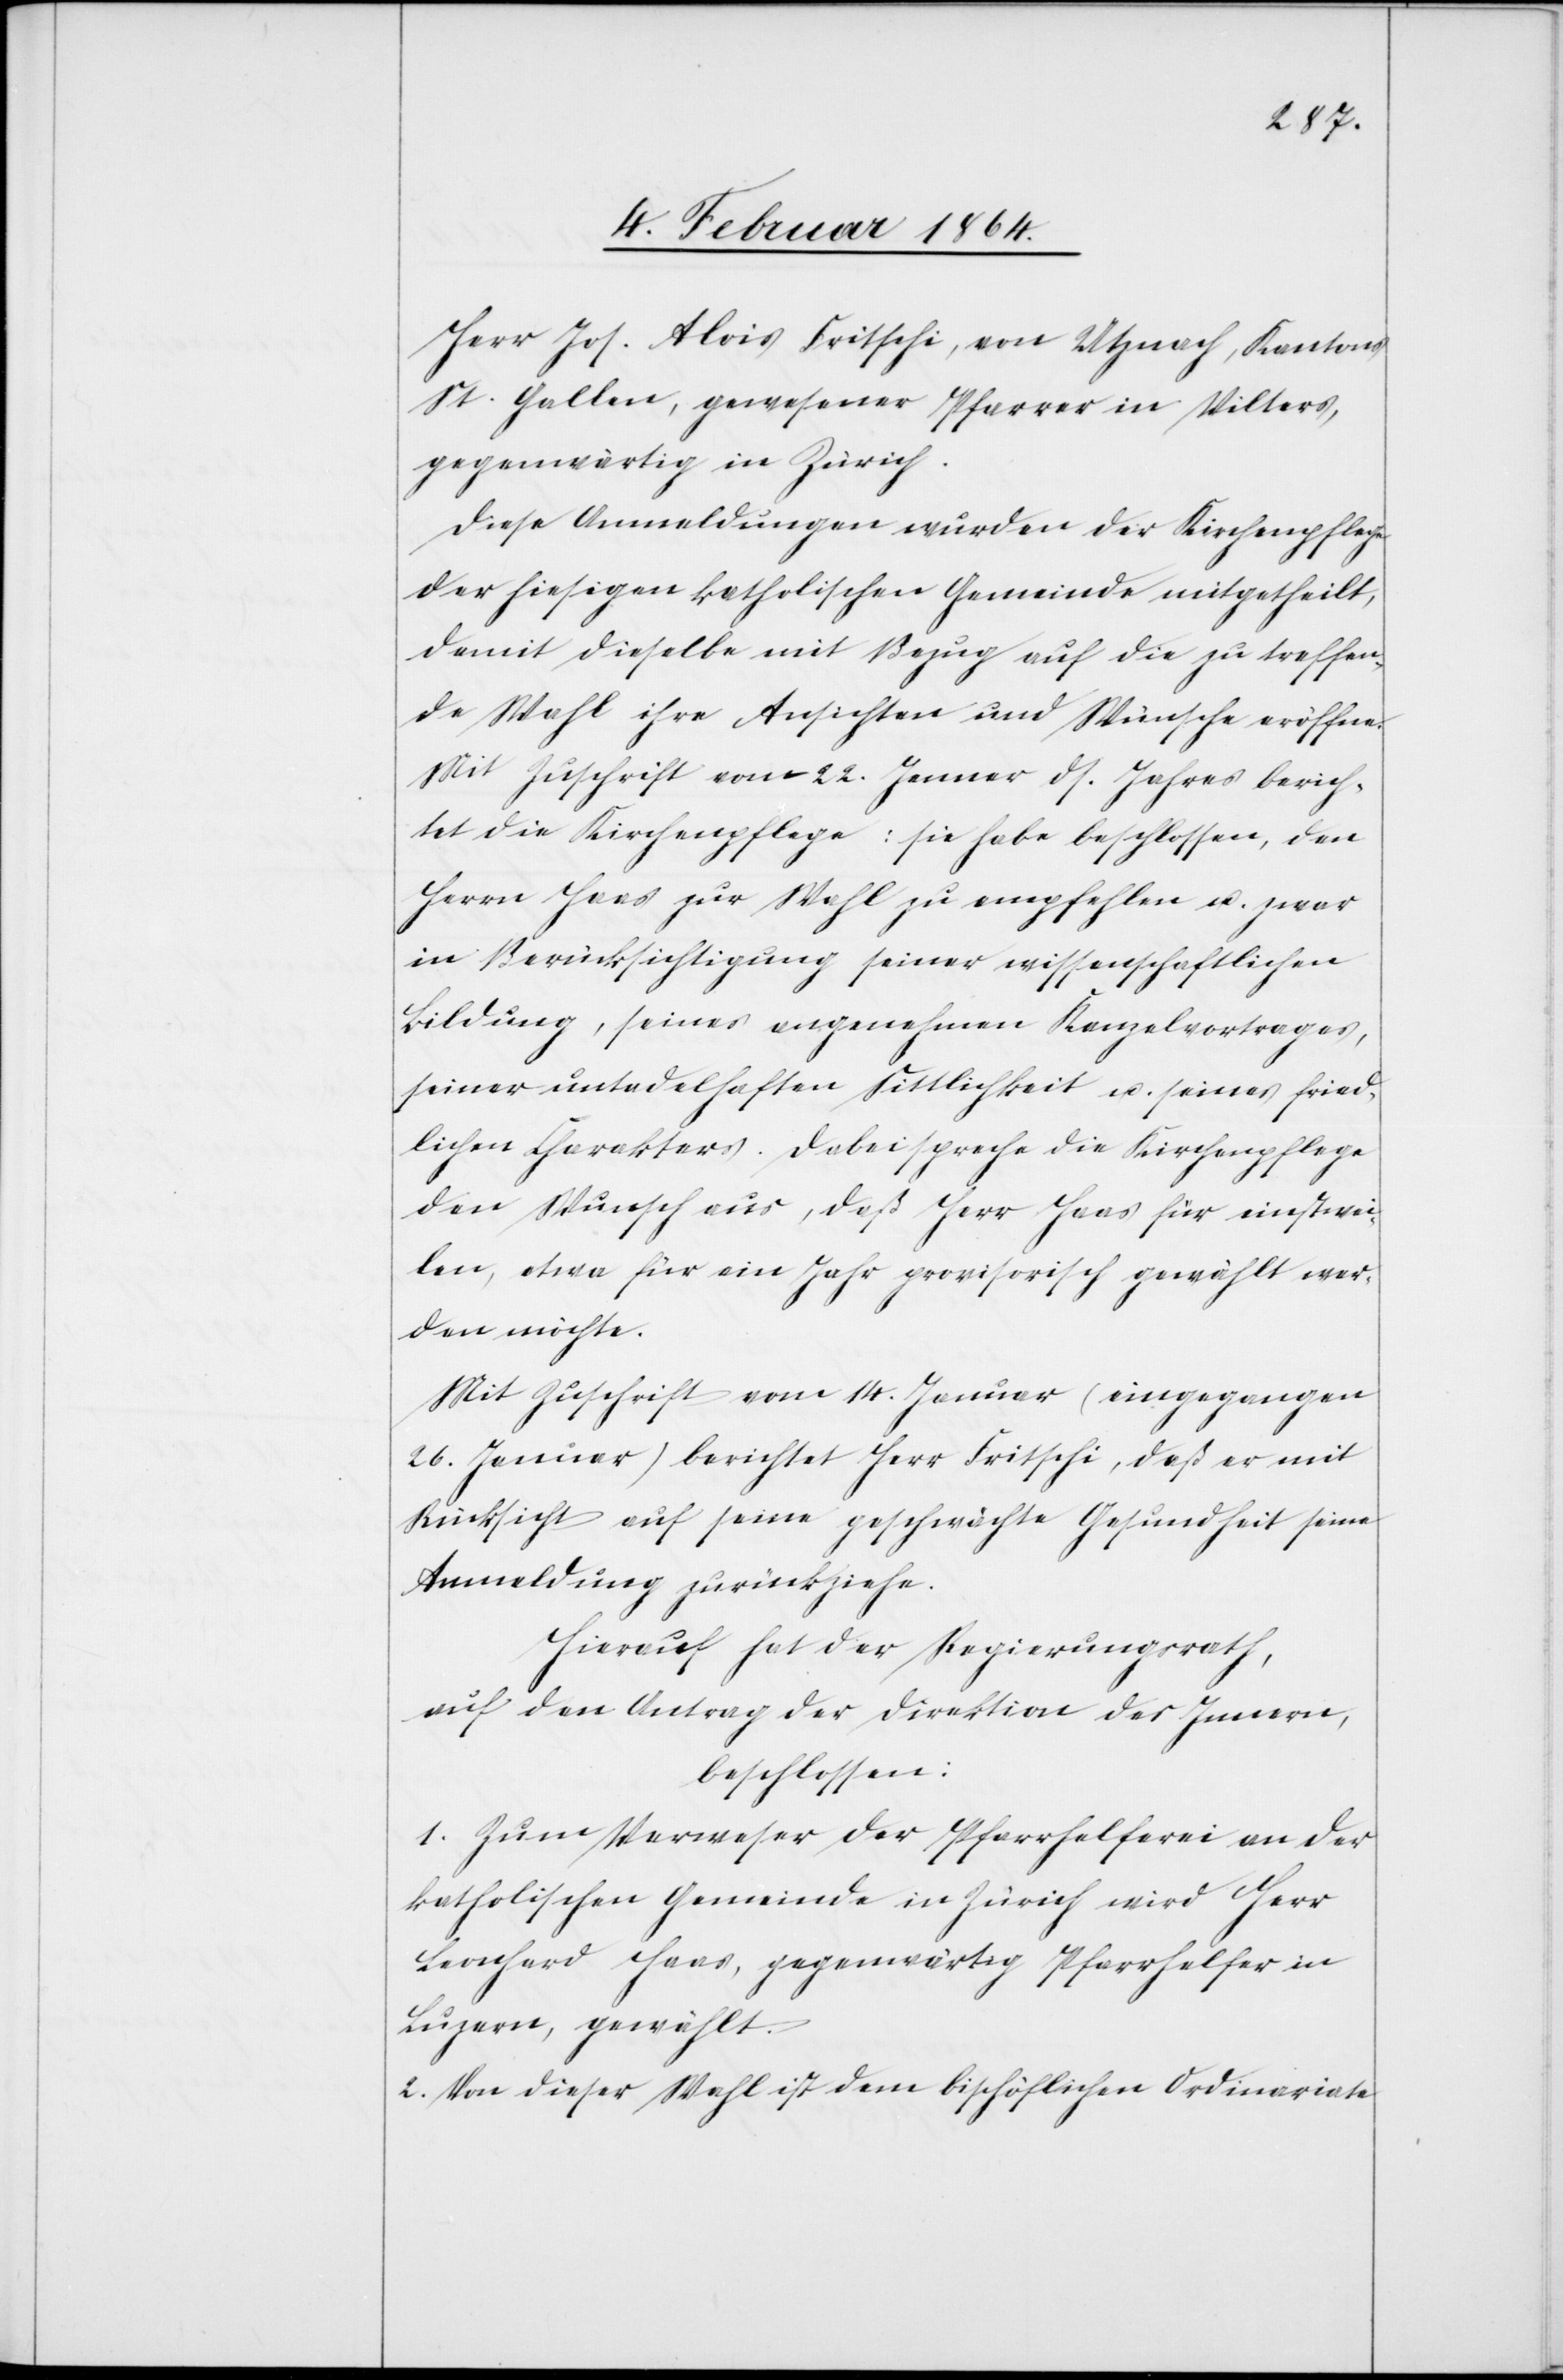
Herr Jos. Alois Fritschi, von Utznach, Kantons
St. Gallen, gewesener Pfarrer in Vilters,
gegenwärtig in Zürich.
Diese Anmeldungen wurden der Kirchenpflege
der hiesigen katholischen Gemeinde mitgetheilt,
damit dieselbe mit Bezug auf die zu treffen¬
de Wahl ihre Ansichten und Wünsche eröffne.
Mit Zuschrift vom 22. Jenner ds. Jahres berich¬
tet die Kirchenpflege: sie habe beschlossen, den
Herrn Haas zur Wahl zu empfehlen u. zwar
in Berücksichtigung seiner wissenschaftlichen
Bildung, seines angenehmen Kanzelvortrages,
seiner untadelhaften Sittlichkeit u. seines fried¬
lichen Charakters. Dabei spreche die Kirchenpflege
den Wunsch aus, daß Herr Haas für einstwei¬
len, etwa für ein Jahr provisorisch gewählt wer¬
den möchte.
Mit Zuschrift vom 14. Januar (eingegangen
26. Januar) berichtet Herr Fritschi, daß er mit
Rücksicht auf seine geschwächte Gesundheit seine
Anmeldung zurückziehe.
Hierauf hat der Regierungsrath,
auf den Antrag der Direktion des Innern,
beschlossen:
1. Zum Verweser der Pfarrhelferei an der
katholischen Gemeinde in Zürich wird Herr
Leonhard Haas, gegenwärtig Pfarrhelfer in
Luzern, gewählt.
2. Von dieser Wahl ist dem bischöflichen Ordinariate